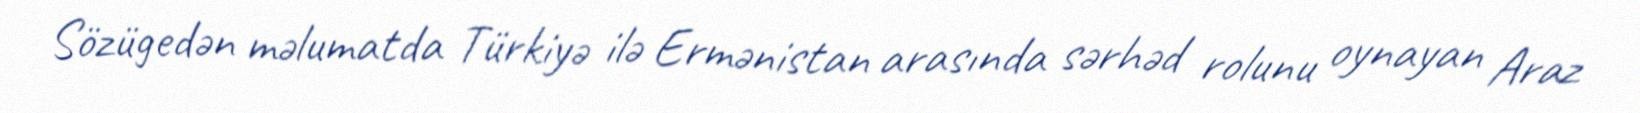
Sözügedən məlumatda Türkiyə ilə Ermənistan arasında sərhəd rolunu oynayan Araz